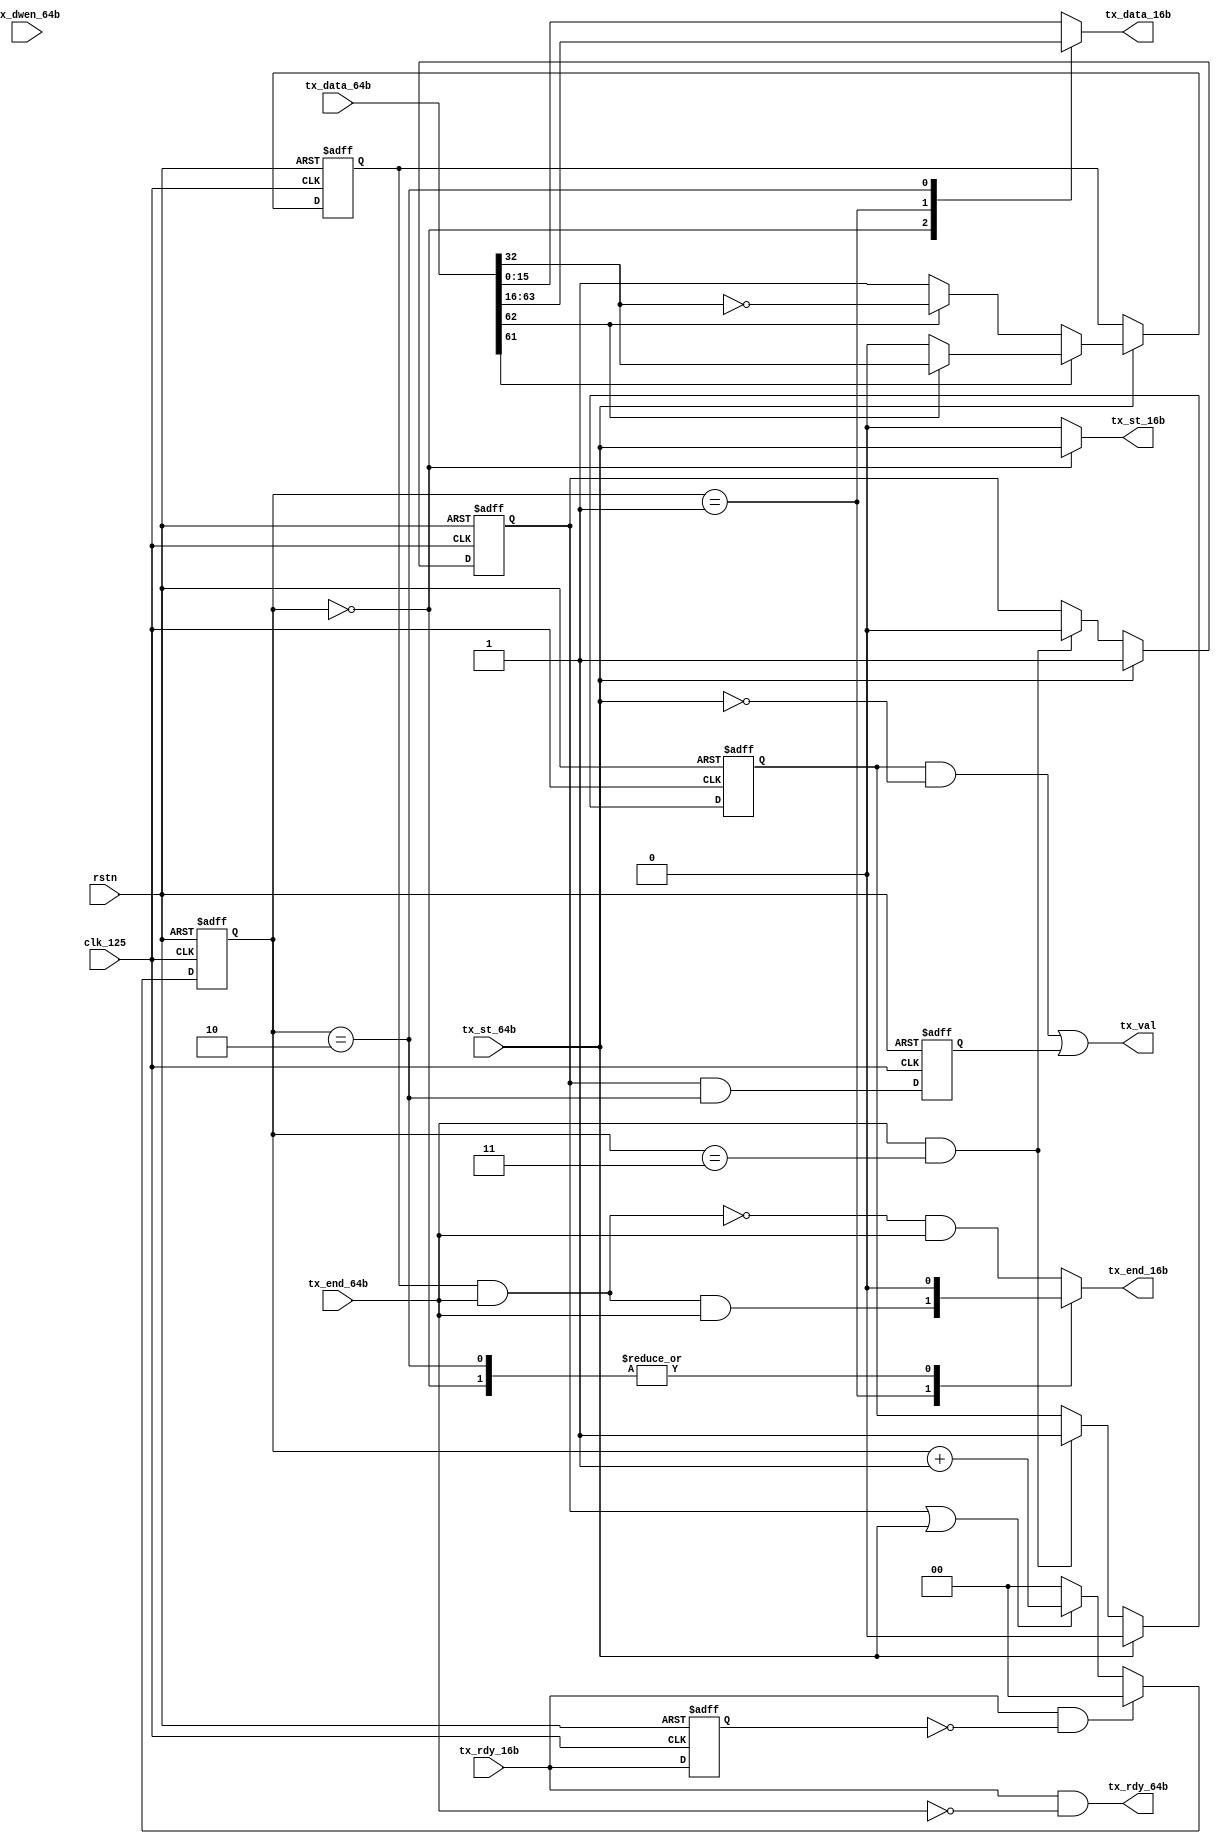
module bridge_64b_to_16b(
input rstn,
input clk_125,

input [63:0] tx_data_64b,
input tx_st_64b,
input tx_end_64b,
input tx_dwen_64b,
output tx_rdy_64b,
output tx_val,

input tx_rdy_16b,
output reg [15:0] tx_data_16b,
output reg tx_st_16b,
output reg tx_end_16b
);
assign tx_rdy_64b = tx_rdy_16b && (~ tx_end_64b);

reg tx_rdy_16b_d;
reg [1:0] cnt;
reg xmit_processing;
reg tx_st_64b_d;
reg tx_val_reg1;
reg tx_val_reg2;
reg mimic_tx_dwen;
assign tx_val = (tx_val_reg1 & (~ tx_st_64b)) || tx_val_reg2;
assign mimic_tx_dwen_tmp = mimic_tx_dwen && tx_end_64b;
always @(posedge clk_125 or negedge rstn)
   if (!rstn) begin
      tx_rdy_16b_d <= 0; 
      tx_st_64b_d <= 0;
      tx_val_reg1 <= 1'b1;
      tx_val_reg2 <= 1'b0;
      xmit_processing <= 1'b0;
      cnt    <= 0;
      mimic_tx_dwen <= 0;
   end
   else begin
      if (tx_st_64b) begin //only support for 3
         if (tx_data_64b[61]) begin //for 4DW application
            if (tx_data_64b[62]) //with data
               mimic_tx_dwen <= tx_data_64b[32];
            else //without data
               mimic_tx_dwen <= 1'b0;
   end
   else begin
         if (tx_data_64b[62]) //with data
            mimic_tx_dwen <= ~ tx_data_64b[32];
         else //without data
               mimic_tx_dwen <= 1'b1;
         end
      end
            
      tx_rdy_16b_d <= tx_rdy_16b; 
      tx_st_64b_d <= tx_st_64b;
      
      if (tx_st_64b) begin
         xmit_processing <= 1'b1;
         tx_val_reg1 <= 0;
         cnt    <= 0;
      end
      else if (tx_end_64b && (cnt == 3)) begin
         xmit_processing <= 1'b0;
         tx_val_reg1     <= 1'b1;
      end
      
      if (tx_rdy_16b && (~ tx_rdy_16b_d))
         cnt <= 0;   
      else if (xmit_processing || tx_st_64b)
         cnt   <= cnt + 1;
      else
         cnt   <= 0;
         
      tx_val_reg2 <= xmit_processing && (cnt == 2);
   end
   
always @(*) begin
   case (cnt)
      2'd0: begin
         tx_st_16b   = tx_st_64b;
         tx_data_16b = tx_data_64b[63:48];
         tx_end_16b  = 1'b0;
      end
      2'd1: begin
         tx_st_16b   = 1'b0;
         tx_data_16b = tx_data_64b[47:32];
         tx_end_16b  = mimic_tx_dwen_tmp && tx_end_64b;//tx_dwen_64b && tx_end_64b;         
      end
      2'd2: begin
         tx_st_16b   = 1'b0;
         tx_data_16b = tx_data_64b[31:16];
         tx_end_16b  = 1'b0;           
      end
      default: begin
         tx_st_16b   = 1'b0;
         tx_data_16b = tx_data_64b[15:0];
         tx_end_16b  = (~ mimic_tx_dwen_tmp) && tx_end_64b;//(~ tx_dwen_64b) && tx_end_64b;                    
      end
   endcase
end
endmodule